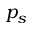
p _ { s }